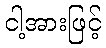
ငါ့အားဖြင့်